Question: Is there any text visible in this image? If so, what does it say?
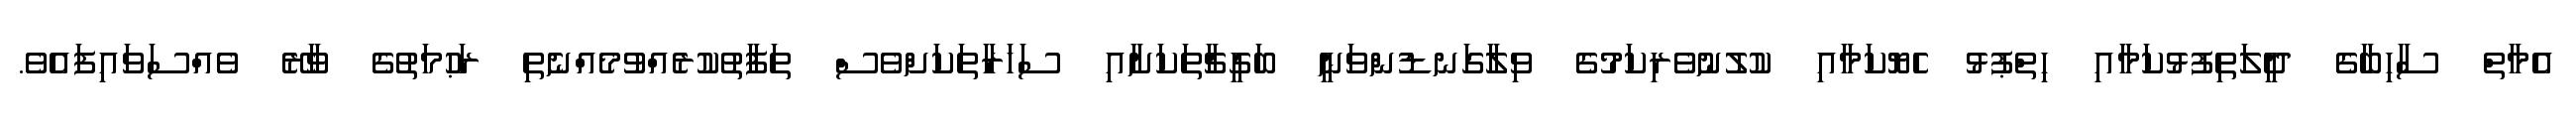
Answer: އެމާތް ސާހިބާގެ ދީލަތިފުޅުކަމާއި ހިތްޕުޅު ހެޔޮކަމާއި ކުލުނުވެރިކަމުގެ ވިލާގަނޑުންވަނީ ބަގީޗާތަކަށާއި ސަހަރާތަކަށްވެސް ތަފާތުކުރެއްވުމެއްނެތި ރަޙުމަތުގެ ވާރޭ ވެއްސަވައިފައެވެ.